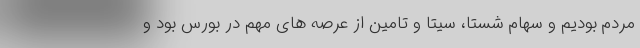
مردم بودیم و سهام شستا، سیتا و تامین از عرصه های مهم در بورس بود و